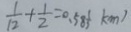
\frac { 1 } { 1 2 } + \frac { 1 } { 2 } = 0 . 5 8 ( k m )